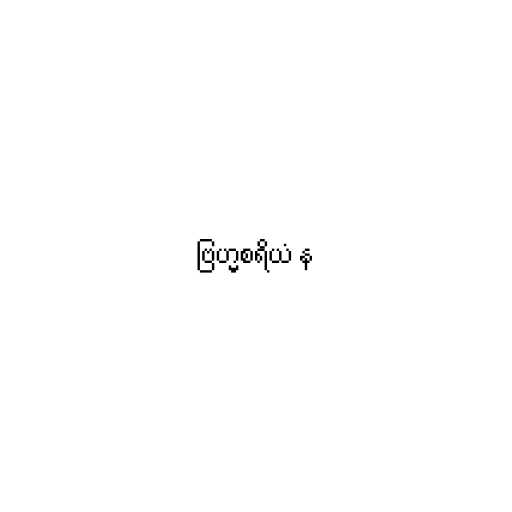
ဗြဟ္မစရိယံ န